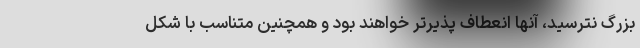
بزرگ نترسید، آنها انعطاف پذیرتر خواهند بود و همچنین متناسب با شکل